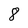
Character: 8